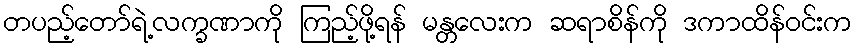
တပည့်တော်ရဲ့လက္ခဏာကို ကြည့်ဖို့ရန် မန္တလေးက ဆရာစိန်ကို ဒကာထိန်ဝင်းက